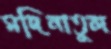
মদিনাতুল